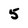
Character: 5